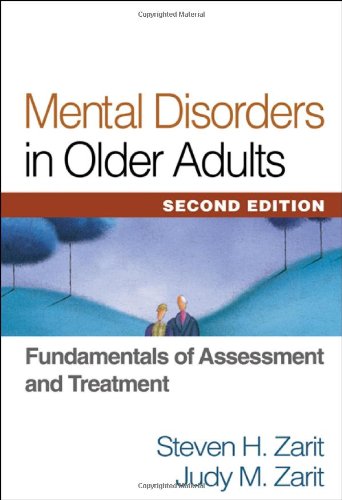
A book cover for Mental Disorders in Older Adults, Second Edition: Fundamentals of Assessment and Treatment; Steven H. Zarit PhD; Medical Books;